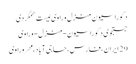
دکوراسیون منزل وراوی لیست همگردی
جستجوی دکوراسیون-منزل-وراوی
29 ایران، فارس، حاجی آباد، مهر وراوی